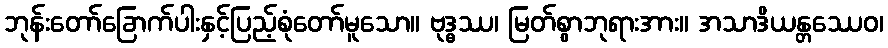
ဘုန်းတော်ခြောက်ပါးနှင့်ပြည့်စုံတော်မူသော။ ဗုဒ္ဓဿ၊ မြတ်စွာဘုရားအား။ အသာဒိယန္တဿေဝ၊